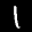
Label: 1